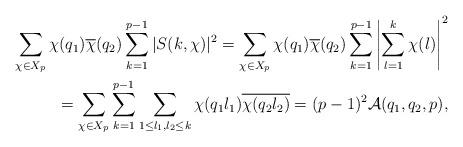
LaTeX: \begin{align*} \sum_{\chi \in X_p}\chi(q_1)\overline{\chi}(q_2)\sum_{k=1}^{p-1}\vert S(k,\chi)\vert^2= \sum_{\chi \in X_p}\chi(q_1)\overline{\chi}(q_2)\sum_{k=1}^{p-1}\left\vert\sum_{l=1}^k\chi (l)\right\vert^2 \\= \sum_{\chi \in X_p}\sum_{k=1}^{p-1}\sum_{1\leq l_1,l_2\leq k}\chi(q_1 l_1)\overline{\chi(q_2 l_2)} =(p-1)^2{\mathcal {A}}(q_1,q_2,p),\end{align*}